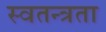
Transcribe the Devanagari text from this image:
स्‍वतन्त्रता